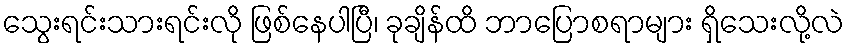
သွေးရင်းသားရင်းလို ဖြစ်နေပါပြီ၊ ခုချိန်ထိ ဘာပြောစရာများ ရှိသေးလို့လဲ